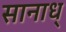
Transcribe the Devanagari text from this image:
सानाध्